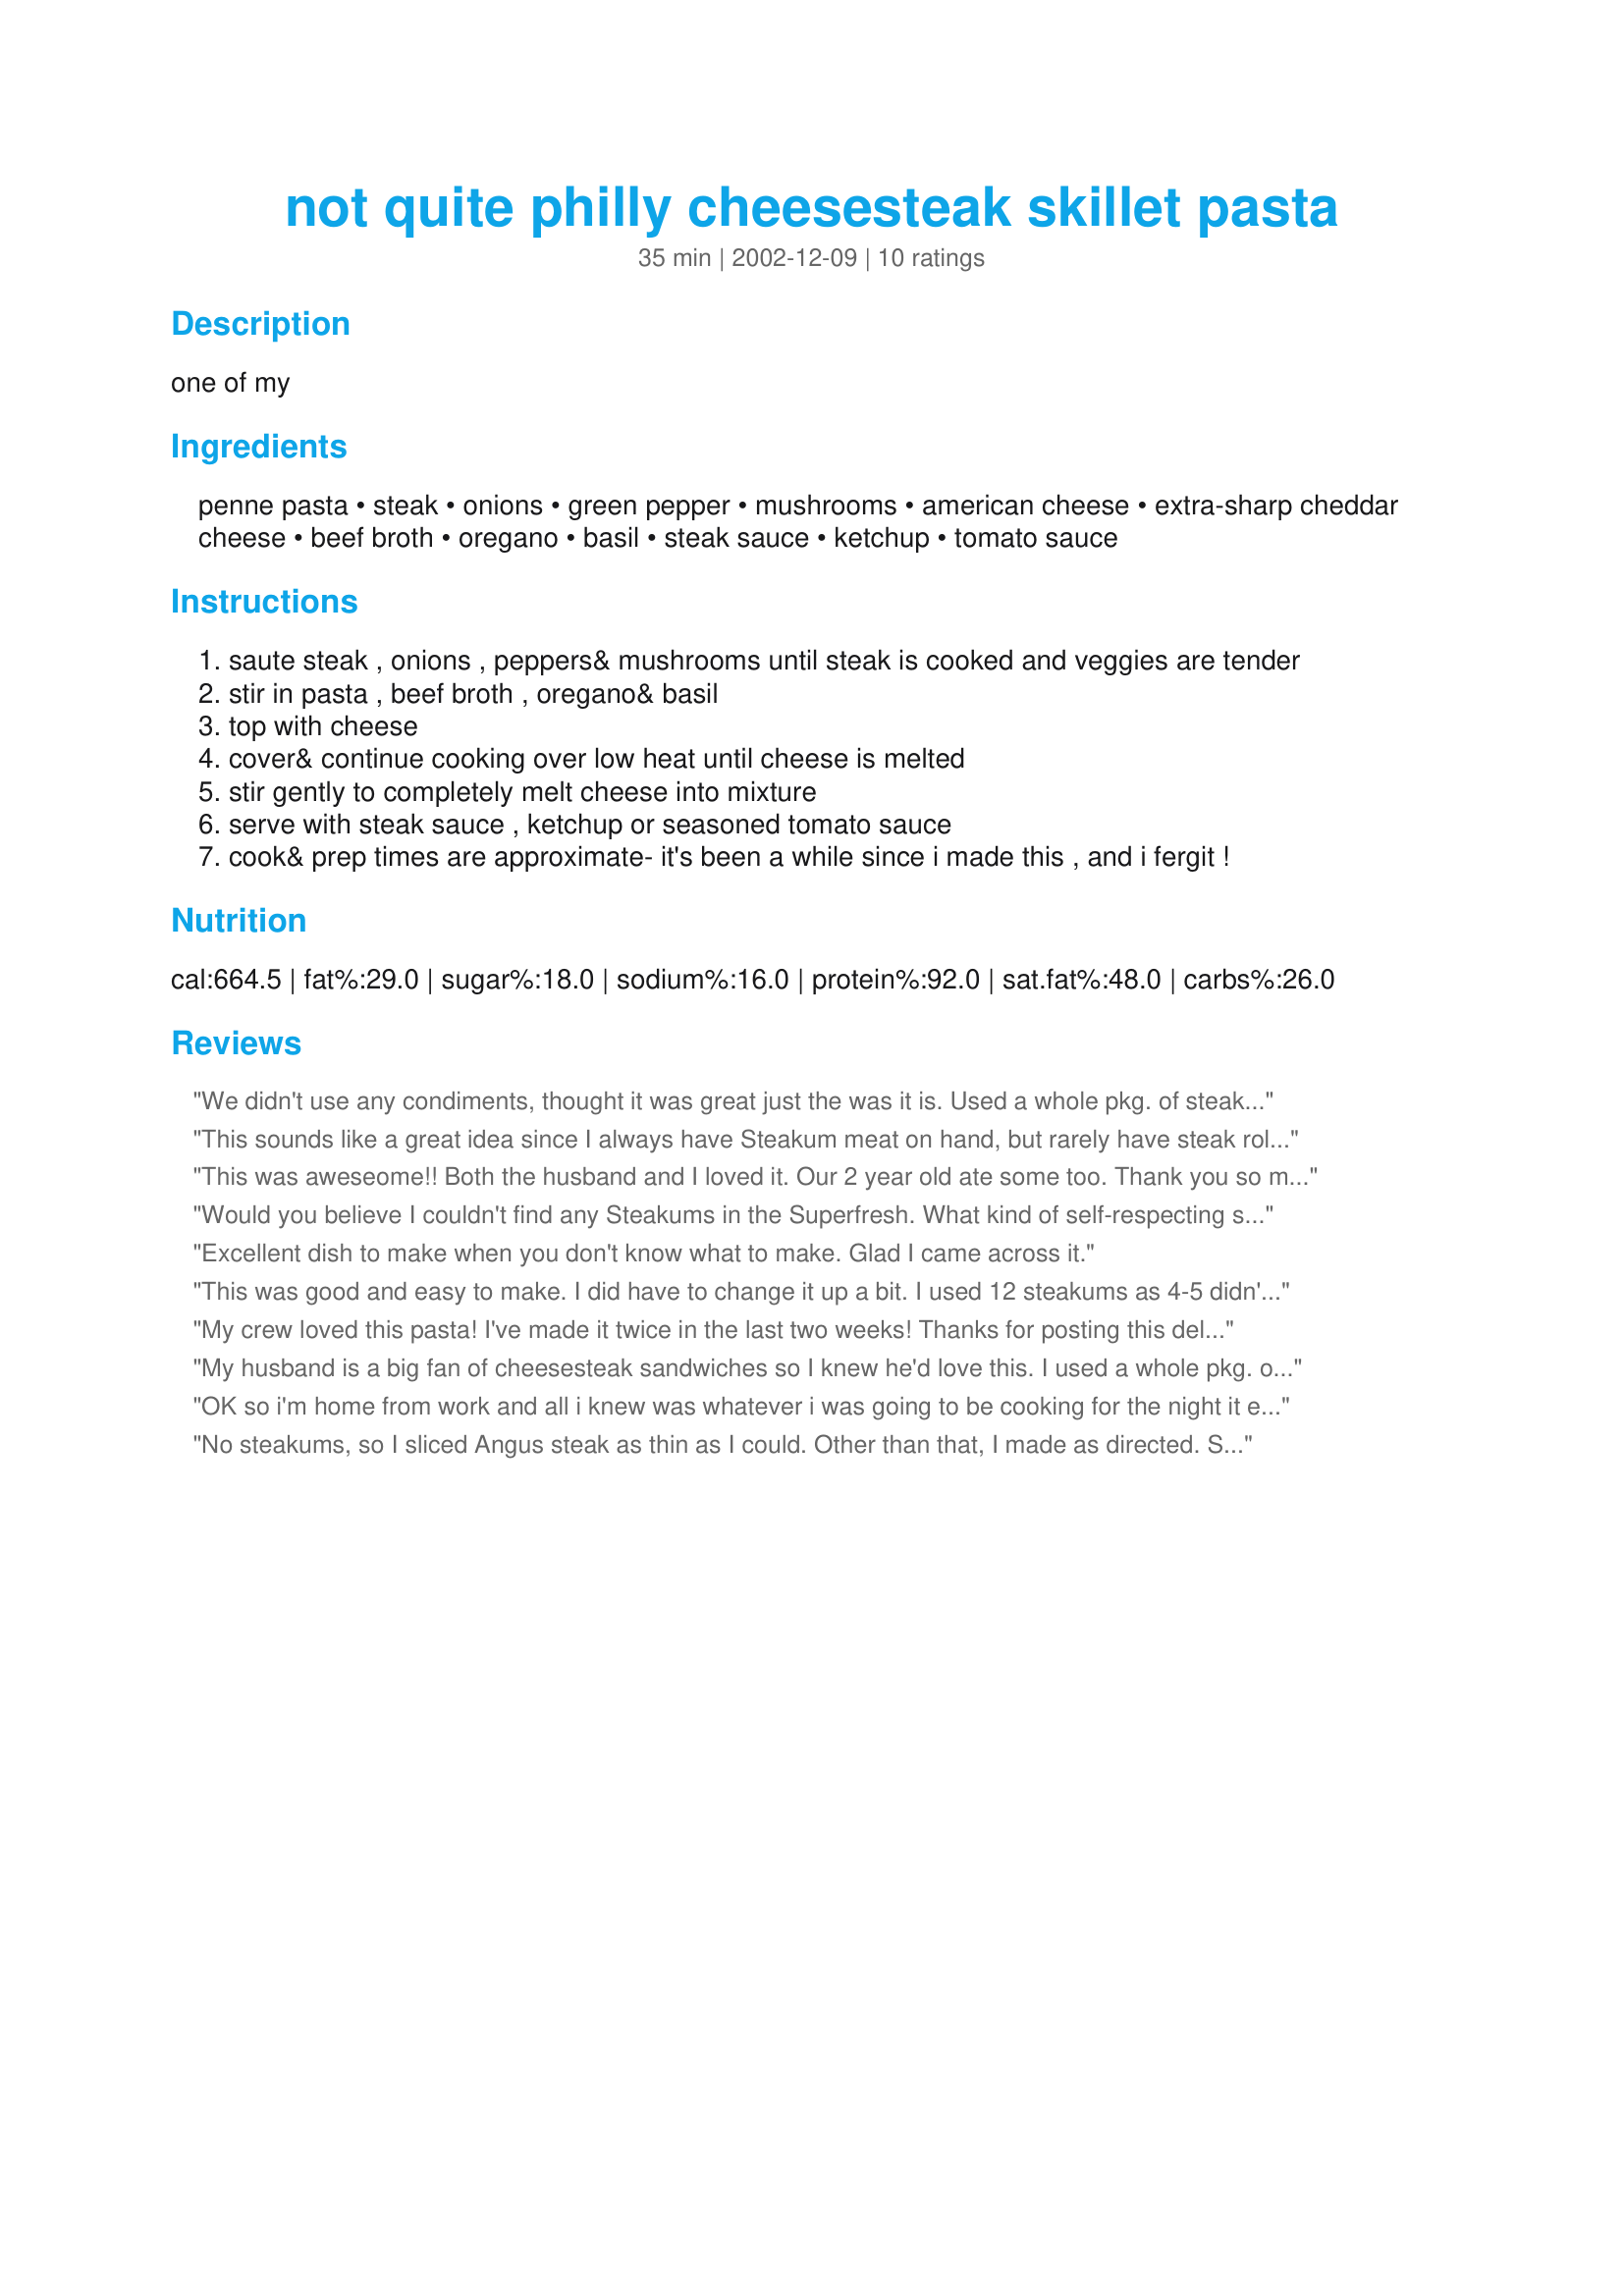
not quite philly cheesesteak skillet pasta
Preparation time: 35 minutes

one of my

Ingredients:
penne pasta, steak, onions, green pepper, mushrooms, american cheese, extra-sharp cheddar cheese, beef broth, oregano, basil, steak sauce, ketchup, tomato sauce

Steps:
saute steak , onions , peppers& mushrooms until steak is cooked and veggies are tender
stir in pasta , beef broth , oregano& basil
top with cheese
cover& continue cooking over low heat until cheese is melted
stir gently to completely melt cheese into mixture
serve with steak sauce , ketchup or seasoned tomato sauce
cook& prep times are approximate- it's been a while since i made this , and i fergit !

Reviews:
We didn't use any condiments, thought it was great just the was it is. Used a whole pkg. of steakums and elbow macaroni, and some minced garlic. Lots of flavor!
This sounds like a great idea since I always have Steakum meat on hand, but rarely have steak rolls just laying around! (I always use the leftover steak rolls to make garlic bread). I will try this one!
This was aweseome!! Both the husband and I loved it. Our 2 year old ate some too. Thank you so much for our new family favorite.
Would you believe I couldn't find any Steakums in the Superfresh. What kind of self-respecting supermarket doesn't stock Steakums?? I picked what turned out to be a tough cut of meat. I'll use a better cut next time (or I'll go to a different store and get the Steakums!) I used some Crumbles I had left in the fridge in lieu of the American cheese, and I added a handful of halved cherry tomatoes. The tomatoes went in when the pasta did. We enjoyed this in spite of my poor beef judgement. :) Thanks.
Excellent dish to make when you don't know what to make. Glad I came across it.
This was good and easy to make. I did have to change it up a bit. I used 12 steakums as 4-5 didn't seem like enough. I also used a 15 ounce can of beef broth and about three cups of cheddar and four slices of american cheese. I used minced onions, a whole green pepper and a 4 ounce can of mushrooms. Without any sauce we thought it was very bland. I added about two cups of marinara sauce, salt and pepper and we all enjoyed it.
My crew loved this pasta! I've made it twice in the last two weeks! Thanks for posting this delicious go-to recipe!
My husband is a big fan of cheesesteak sandwiches so I knew he'd love this. I used a whole pkg. of Steak-ums and adjusted ingredients slightly, adding a couple shakes of garlic powder. I added a touch of A-1 sauce.I ended up using a bit more American cheese and omitted the cheddar. This was so easy to make and was a real hit in my house. Thanks for thinking up a good one, Bobbie!

Roxygirl
OK so i'm home from work and all i knew was whatever i was going to be cooking for the night it envolved steak (thinking to myself if i had to eat another george foreman grilled steak i was going to scream). Hopped on the computer thinking i needed to find something quick but tasty. Lucked upon this reciepe and what a delight. I really wasnt expecting it to come out as well as it did. Shockingly (lol) i really don't know what a phily chessesteak taste like but if it's anything like this pasta..I'm going to give it a try now. To be made so quickly it taste like you would have spent hours on it. thank for the reciepe!!
No steakums, so I sliced Angus steak as thin as I could. Other than that, I made as directed. Some of my family felt this needed more seasoning. But, all in all, it was enjoyed by everyone. Thanks!
